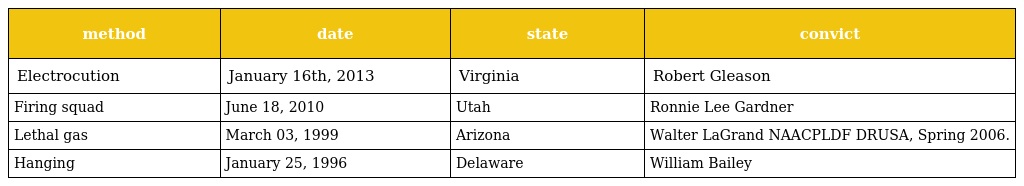
| method | date | state | convict |
 | --- | --- | --- | --- |
 | Electrocution | January 16th, 2013 | Virginia | Robert Gleason |
 | Firing squad | June 18, 2010 | Utah | Ronnie Lee Gardner |
 | Lethal gas | March 03, 1999 | Arizona | Walter LaGrand NAACPLDF DRUSA, Spring 2006. |
 | Hanging | January 25, 1996 | Delaware | William Bailey |